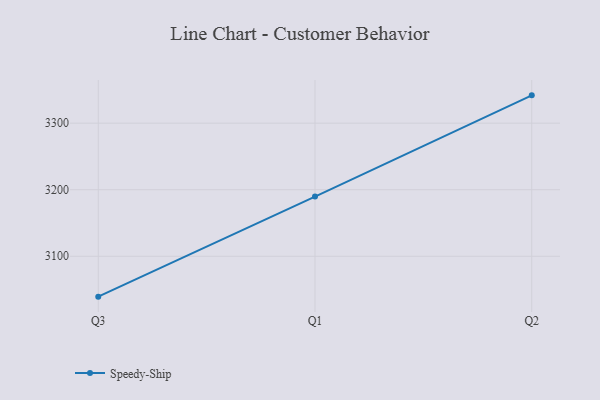
{"axis": {"x": "Quarter", "y": "Population (Million)"}, "legend": ["Speedy-Ship"], "data": [{"x": "Q3", "y": 3039.3, "type": "Speedy-Ship"}, {"x": "Q1", "y": 3189.7, "type": "Speedy-Ship"}, {"x": "Q2", "y": 3341.8, "type": "Speedy-Ship"}]}